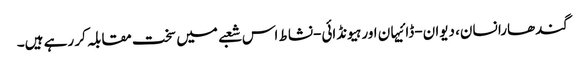
گندھارا نسان، دیوان-ڈائیہان اور ہیونڈائی-نشاط اس شعبے میں سخت مقابلہ کر رہے ہیں۔